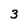
Character: 3